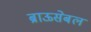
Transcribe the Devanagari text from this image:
ब्राऊसेबल